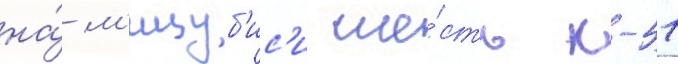
на́ м'ицуб'ис'и ше́сть к-51